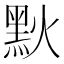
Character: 𪐩